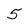
Character: 5